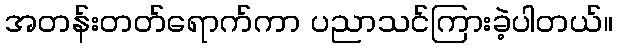
အတန်းတတ်ရောက်ကာ ပညာသင်ကြားခဲ့ပါတယ်။